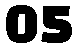
05